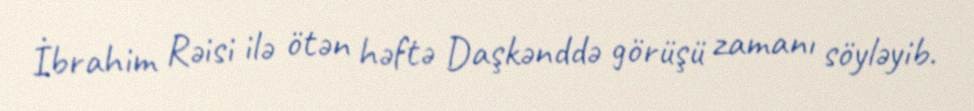
İbrahim Rəisi ilə ötən həftə Daşkənddə görüşü zamanı söyləyib.